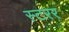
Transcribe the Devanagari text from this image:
स्टरर